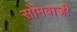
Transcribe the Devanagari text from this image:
सोमवाजी